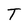
Character: T